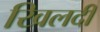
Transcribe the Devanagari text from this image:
खिलदी